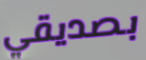
بصديقي